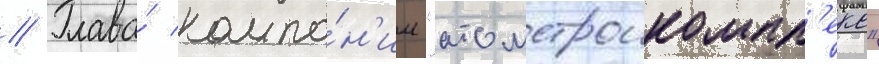
// Глава́ компа́н'ии "атомстроикомпл'екс"